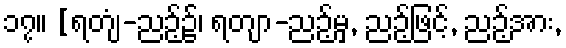
၁၇။ [ရတျံ-ညဉ့်၌၊ ရတျာ-ညဉ့်မှ, ညဉ့်ဖြင့်, ညဉ့်အား,